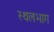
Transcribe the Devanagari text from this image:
स्थलभाग